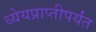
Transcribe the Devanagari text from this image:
ध्येयप्राप्तीपर्यंत